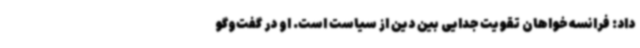
داد: فرانسه خواهان تقویت جدایی بین دین از سیاست است. او در گفت‌وگو